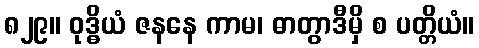
၈၂၉။ ဝုဒ္ဓိယံ ဇနနေ ကာမ၊ ဓာတွာဒီမှိ စ ပတ္တိယံ။